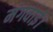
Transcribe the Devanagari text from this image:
मंगवाई।